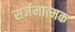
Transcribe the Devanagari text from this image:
सर्जनात्‍मक